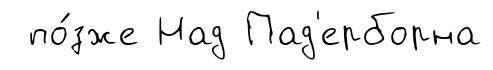
по́зже Над Пад'ерборна